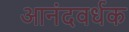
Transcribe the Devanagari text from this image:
आनंदवर्धक